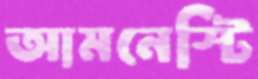
আমনেস্টি